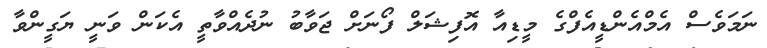
ނަމަވެސް އެމްއެންޑީއެފްގެ މީޑިއާ އޮފިޝަލް ފޯނަށް ޖަވާބު ނުދެއްވާތީ އެކަން ވަނީ ޔަގީންވާ